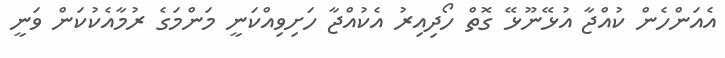
އެއަންހެން ކުއްޖާ އުޅޭނޫޅޭ ގޮތް ހޯދިއިރު އެކުއްޖާ ހަށިވިއްކަނީ މަންމަގެ ރުުމާއެކުކަން ވަނީ